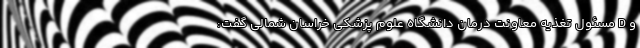
و D مسئول تغذیه معاونت درمان دانشگاه علوم پزشکی خراسان شمالی گفت: